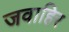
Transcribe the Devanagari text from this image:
जवाहिर